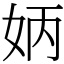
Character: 𡛦